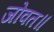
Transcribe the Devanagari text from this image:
जोवत॥